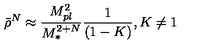
\bar { \rho } ^ { N } \approx \frac { M _ { p l } ^ { 2 } } { M _ { \ast } ^ { 2 + N } } \frac { 1 } { ( 1 - K ) } , K \neq 1